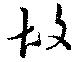
故